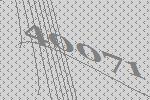
40071